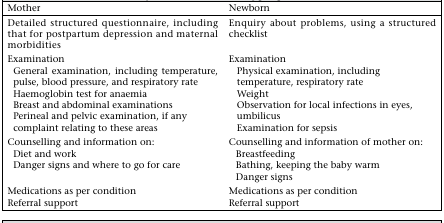
| Mother | Newborn |
 | --- | --- |
 | Detailed structured questionnaire, including that for postpartum depression and maternal morbidities | Enquiry about problems, using a structured checklist |
 | Examination | Examination |
 | General examination, including temperature, pulse, blood pressure, and respiratory rate Haemoglobin test for anaemia Breast and abdominal examinations Perineal and pelvic examination, if any complaint relating to these areas | Physical examination, including temperature, respiratory rate Weight Observation for local infections in eyes, umbilicus Examination for sepsis |
 | Counselling and information on: | Counselling and information of mother on: |
 | Diet and work | Breastfeeding |
 | Danger signs and where to go for care | Bathing, keeping the baby warm Danger signs |
 | Medications as per condition | Medications as per condition |
 | Referral support | Referral support |